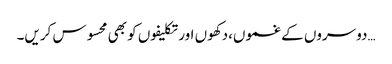
…دوسروں کے غموں،دکھوں اور تکلیفوں کو بھی محسوس کریں۔